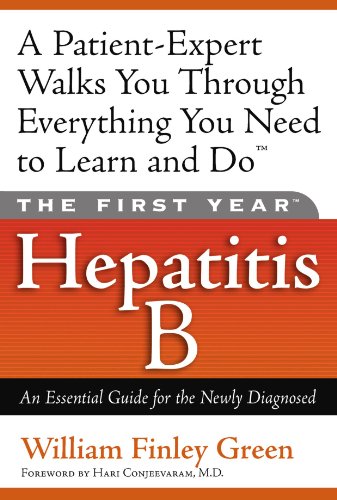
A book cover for The First Year---Hepatitis B: An Essential Guide for the Newly Diagnosed; William Finley Green; Health, Fitness & Dieting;